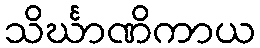
သိင်္ဃာဏိကာယ